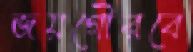
জয়গৌরবে